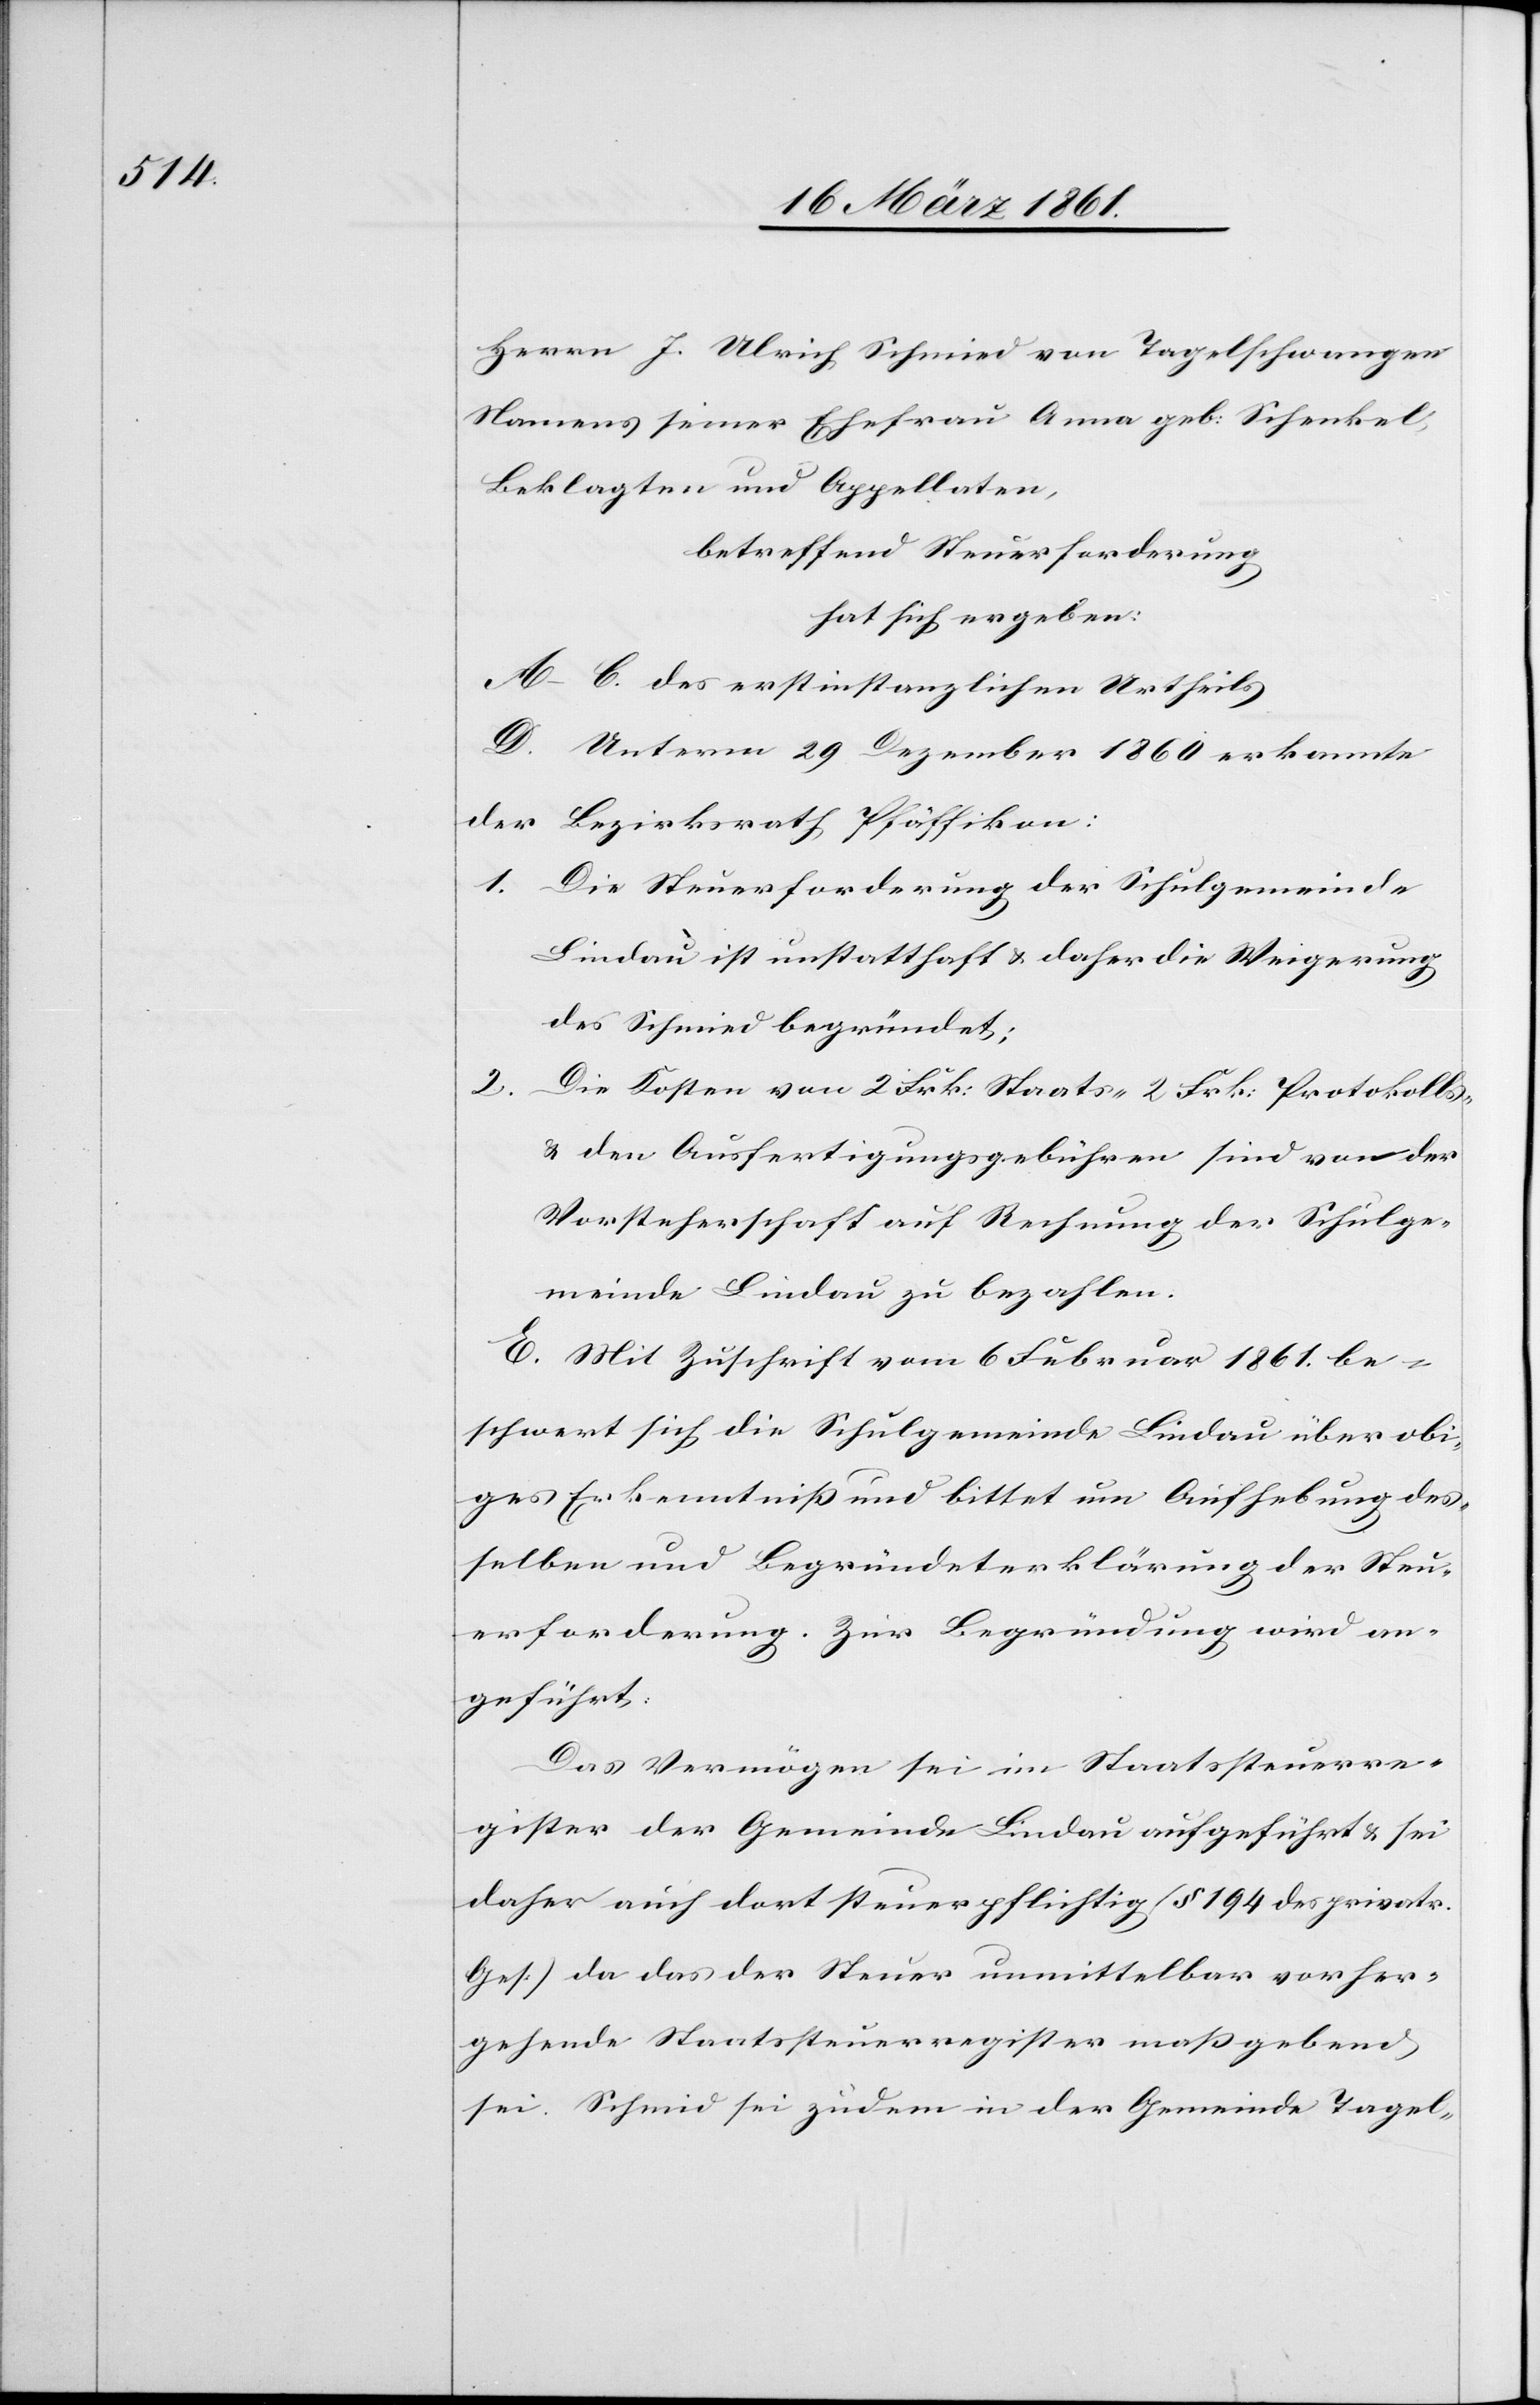
Herrn J. Ulrich Schmied von Tagelschwangen
Namens seiner Ehefrau Anna geb: Schenkel,
Beklagten und Appellaten,
betreffend Steuerforderung
hat sich ergeben:
A–C. des erstinstanzlichen Urtheils.
D. Unterm 29. Dezember 1860 erkannte
der Bezirksrath Pfäffikon:
1. Die Steuerforderung der Schulgemeinde
Lindau ist unstatthaft u. daher die Weigerung
des Schmied begründet;
2.
Die Kosten von 2 Frk: Staats-[,] 2. Frk: Protokolls-
u. den Ausfertigungsgebühren sind von der
Vorsteherschaft auf Rechnung der Schulge¬
meinde Lindau zu bezahlen.
E. Mit Zuschrift vom 6. Februar 1861 be¬
schwert sich die Schulgemeinde Lindau über obi¬
ges Erkenntniss und bittet um Aufhebung des¬
selben und Begründeterklärung der Steu¬
erforderung. Zur Begründung wird an¬
geführt:
Das Vermögen sei im Staatssteuerre¬
gister der Gemeinde Lindau aufgeführt u. sei
daher auch dort steuerpflichtig (§ 194 des privatr.
Ges.) da das der Steuer unmittelbar vorher¬
gehende Staatssteuerregister massgebend
sei. Schmid sei zudem in der Gemeinde Tagel-